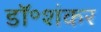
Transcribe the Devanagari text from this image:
डॉ॰शंकर